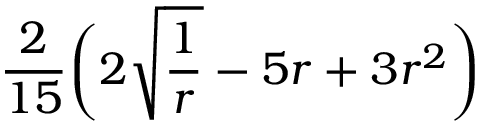
\frac { 2 } { 1 5 } \bigg ( 2 \sqrt { \frac { 1 } { r } } - 5 r + 3 r ^ { 2 } \bigg )